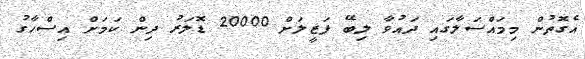
އެގޮތުން މިމައްސަލާގައި ދައުވާ ލިބޭ ފަޒީލަށް 20000 ޑޮލަރު ދިން ކަމަށް އިސްހާގު